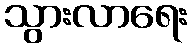
သွားလာရေး